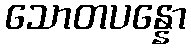
သောတပန္နော